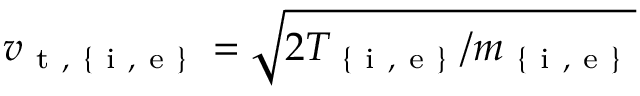
v _ { \mathrm { ~ t ~ , ~ \{ ~ i ~ , ~ e ~ \} ~ } } = \sqrt { 2 T _ { \mathrm { ~ \{ ~ i ~ , ~ e ~ \} ~ } } / m _ { \mathrm { ~ \{ ~ i ~ , ~ e ~ \} ~ } } }